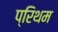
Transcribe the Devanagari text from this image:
प्रिथम